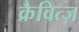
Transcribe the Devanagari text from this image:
क्रैवित्ज़